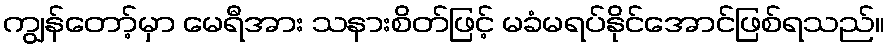
ကျွန်တော့်မှာ မေရီအား သနားစိတ်ဖြင့် မခံမရပ်နိုင်အောင်ဖြစ်ရသည်။